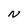
Character: N